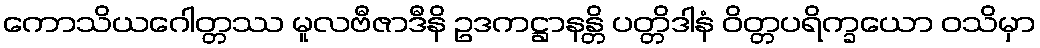
ကောသိယဂေါတ္တဿ မူလဗီဇာဒီနိ ဥဒကဋ္ဌာနန္တိ ပတ္တိဒါနံ ဝိတ္တပရိက္ခယော ဝသိမှာ